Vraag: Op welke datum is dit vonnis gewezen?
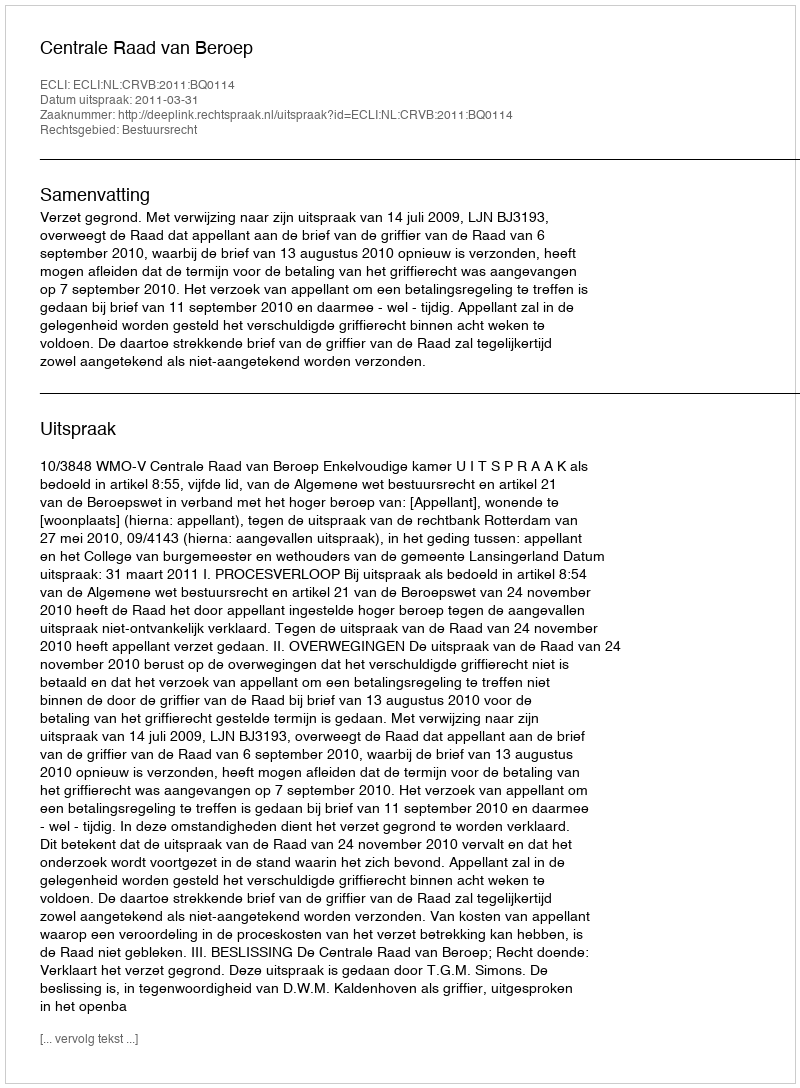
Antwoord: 2011-03-31